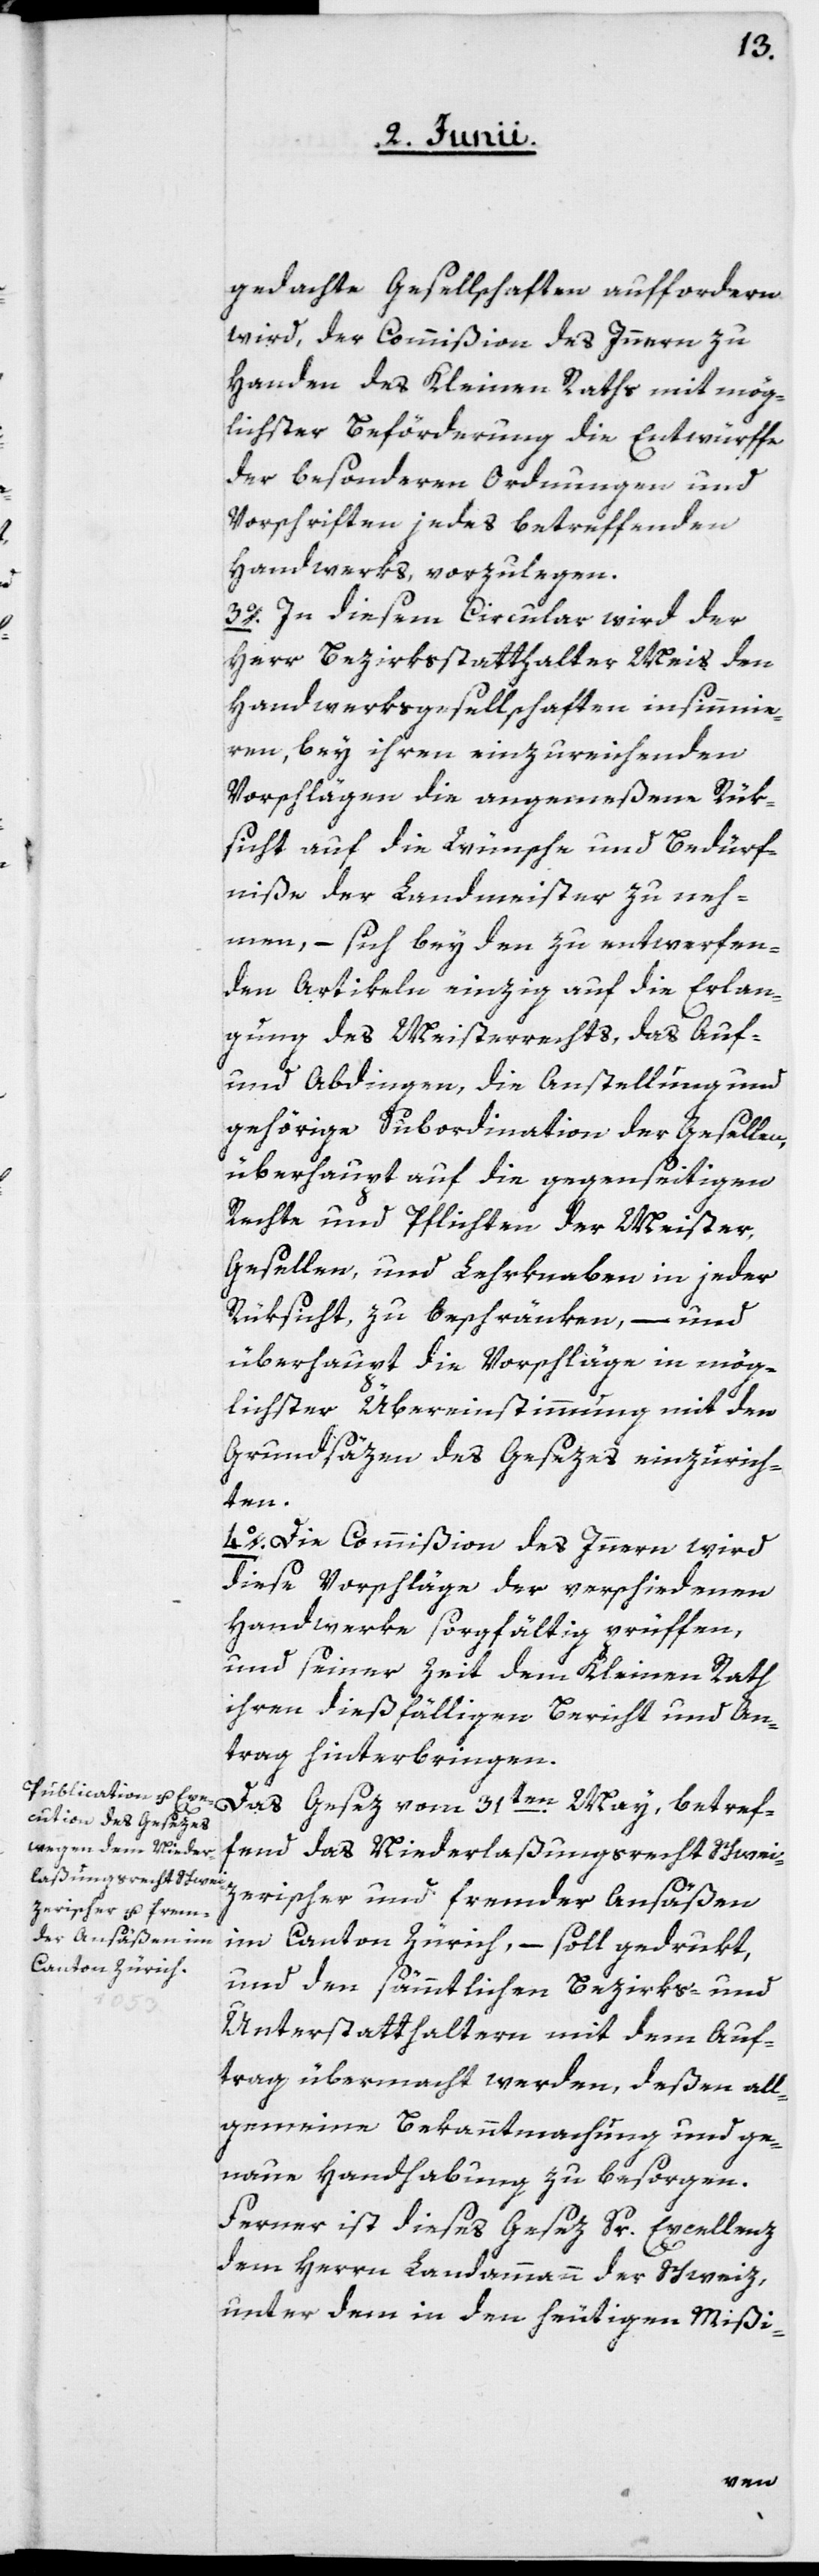
gedachte Gesellschaften auffordern
wird, der Commißion des Innern zu
Handen des Kleinen Raths mit mög¬
lichster Beförderung die Entwürffe
der besonderen Ordnungen und
Vorschriften jedes betreffenden
Handwerks, vorzulegen.
3o. In diesem Circular wird der
Herr Bezirksstatthalter Meis den
Handwerksgesellschaften insinnuie¬
ren, bey ihren einzureichenden
Vorschlägen die angemeßene Rük¬
sicht auf die Wünsche und Bedürf¬
niße der Landmeister zu neh¬
men, – sich bey den entwerfen¬
den Artikeln einzig auf die Erlan¬
gung des Meisterrechts, das Auf-
und Abdingen, die Anstellung und
gehörige Subordination der Gesellen,
überhaupt auf die gegenseitigen
Rechte und Pflichten der Meister,
Gesellen und Lehrknaben in jeder
Rüksicht zu beschränken, – und
überhaupt die Vorschläge in mög¬
lichster Übereinstimmung mit den
Grundsäzen des Gesezes einzurich¬
ten.
4o. Die Commißion des Innern wird
diese Vorschläge der verschiedenen
Handwerke sorgfältig prüffen,
und seiner Zeit dem Kleinen Rath
ihren dießfälligen Bericht und An¬
trag hinterbringen.
Das Gesez vom 31ten May, betref¬
fend das Niederlaßungsrecht Schwei¬
zerischer und fremder Ansäßen
im Canton Zürich, – soll gedrukt
und den sämmtlichen Bezirks- und
Unterstatthaltern mit dem Auf¬
trag übermacht werden, deßen all¬
gemeine Bekanntmachung und ge¬
naue Handhabung zu besorgen.
Ferner ist dieses Gesez Sr. Excellenz
dem Herrn Landammann der Schweiz,
unter dem in den heutigen Mißi-